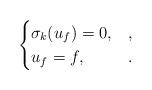
LaTeX: \begin{align*} \begin{cases} \sigma_k(u_f) = 0, & , \\ u_f = f, & . \end{cases} \end{align*}